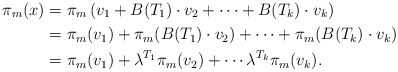
\begin{align*}\pi_m(x) &= \pi_m\left(v_1+B(T_1)\cdot v_2+\cdots +B(T_k)\cdot v_k\right)\\&= \pi_m(v_1)+\pi_m(B(T_1)\cdot v_2)+\cdots +\pi_m(B(T_k)\cdot v_k)\\&=\pi_m(v_1)+\lambda^{T_1}\pi_m(v_2)+\cdots \lambda^{T_k}\pi_m(v_k).\end{align*}